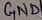
Text: GND